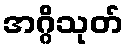
အဂ္ဂိသုတ်